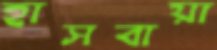
হাসবায়া